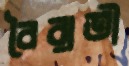
বৈরাতী